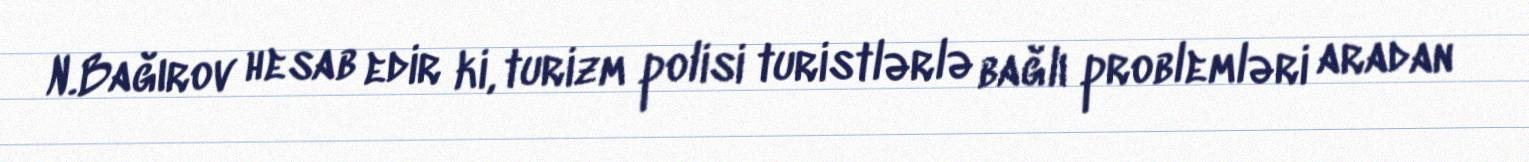
N.Bağırov hesab edir ki, turizm polisi turistlərlə bağlı problemləri aradan